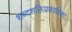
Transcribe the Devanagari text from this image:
शब्दशक्तिप्रकाशिका